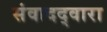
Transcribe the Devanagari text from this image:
संवादद्वारा